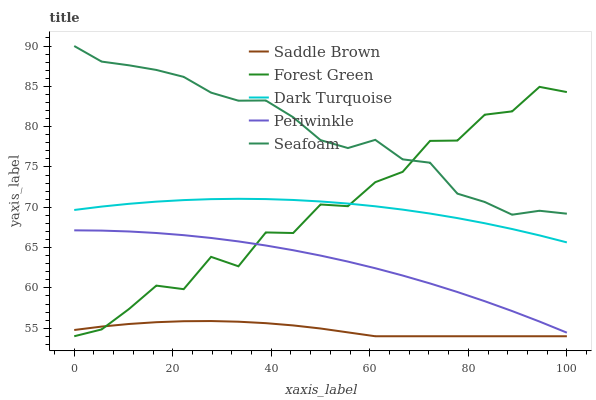
| xaxis_label | Saddle Brown | Forest Green | Dark Turquoise | Periwinkle | Seafoam |
 | --- | --- | --- | --- | --- | --- |
 | 0 | 54.8 | 54 | 69.7 | 67.1 | 90 |
 | 5.56 | 55.2 | 54.8 | 70.1 | 67.1 | 88.1 |
 | 11.1 | 55.5 | 57.4 | 70.4 | 67 | 87.6 |
 | 16.7 | 55.7 | 60.3 | 70.7 | 66.8 | 87 |
 | 22.2 | 55.9 | 59.8 | 70.9 | 66.5 | 86.2 |
 | 27.8 | 55.9 | 63.8 | 71 | 66.2 | 84.2 |
 | 33.3 | 55.8 | 62.7 | 71 | 65.8 | 83.2 |
 | 38.9 | 55.6 | 66.9 | 71 | 65.3 | 83.2 |
 | 44.4 | 55.3 | 66.8 | 70.9 | 64.7 | 81.2 |
 | 50 | 55 | 70.3 | 70.7 | 64 | 78.3 |
 | 55.6 | 54.5 | 70.1 | 70.5 | 63.3 | 77.3 |
 | 61.1 | 54 | 73.1 | 70.1 | 62.4 | 78.4 |
 | 66.7 | 54 | 74.4 | 69.7 | 61.5 | 75.9 |
 | 72.2 | 54 | 78.2 | 69.2 | 60.6 | 75.5 |
 | 77.8 | 54 | 78.3 | 68.7 | 59.5 | 71.7 |
 | 83.3 | 54 | 81.5 | 68 | 58.3 | 70.7 |
 | 88.9 | 54 | 81.9 | 67.3 | 57.1 | 69.1 |
 | 94.4 | 54 | 84.9 | 66.5 | 55.8 | 69.6 |
 | 100 | 54 | 84.3 | 65.6 | 54.4 | 69.2 |